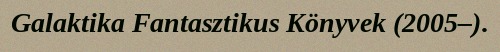
Galaktika Fantasztikus Könyvek (2005–).